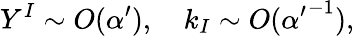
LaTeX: Y^{I}\sim O(\alpha^{\prime}),\quad k_{I}\sim O({\alpha^{\prime}}^{-1}),